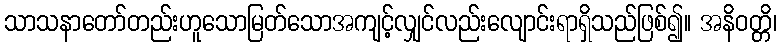
သာသနာတော်တည်းဟူသောမြတ်သောအကျင့်လျှင်လည်းလျောင်းရာရှိသည်ဖြစ်၍။ အနိဝတ္တိ၊